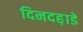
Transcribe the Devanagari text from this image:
दिनदह़ाडे